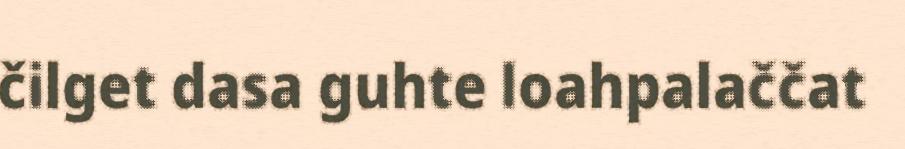
čilget dasa guhte loahpalaččat